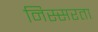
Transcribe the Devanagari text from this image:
निस्सरता